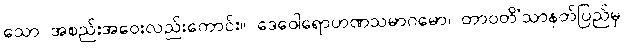
သော အစည်းအဝေးလည်းကောင်း။ ဒေဝေါရောဟဏသမာဂမော၊ တာဝတိံသာနတ်ပြည်မှ